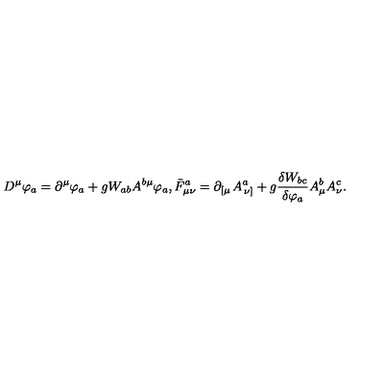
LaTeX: D ^ { \mu } \varphi _ { a } = \partial ^ { \mu } \varphi _ { a } + g W _ { a b } A ^ { b \mu } \varphi _ { a } , \bar { F } _ { \mu \nu } ^ { a } = \partial _ { \left[ \mu \right. } A _ { \left. \nu \right] } ^ { a } + g \frac { \delta W _ { b c } } { \delta \varphi _ { a } } A _ { \mu } ^ { b } A _ { \nu } ^ { c } .